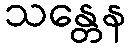
သန္တေန